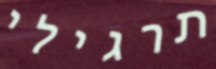
תרגילי